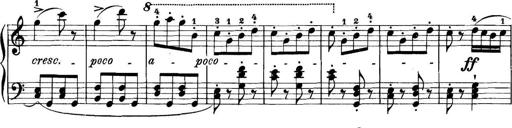
Title: 11 Sonatinas
Composer: Anton Diabelli